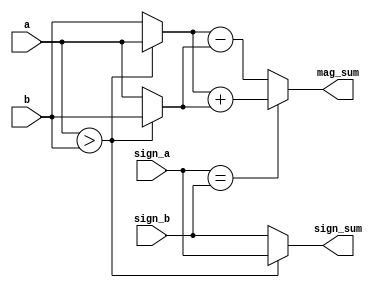
`timescale 1ns / 1ps
//////////////////////////////////////////////////////////////////////////////////
// Company: 
// Engineer: 
// 
// Design Name: 
// Module Name: mid_18_1
// Project Name: 
// Target Devices: 
// Tool Versions: 
// Description: 
// 
// Dependencies: 
// 
// Revision:
// Revision 0.01 - File Created
// Additional Comments:
// 
//////////////////////////////////////////////////////////////////////////////////


module mid_18_1
#(parameter N = 4)
(input wire sign_a, sign_b,
input wire [N-1:0] a,b,
output reg [N-1:0] mag_sum,
output  reg sign_sum);

reg gt, eq, sign;
reg [N-1:0] max, min;
reg [N-1:0] adder, subtractor;

always @(*)
begin
gt = (a>b);
max = (gt) ? a : b;
min = (gt) ? b : a;
adder = max + min;
subtractor = max - min;

eq = (sign_a == sign_b);

sign_sum = (gt) ? sign_a : sign_b;

mag_sum = (eq) ? adder : subtractor;

end
endmodule